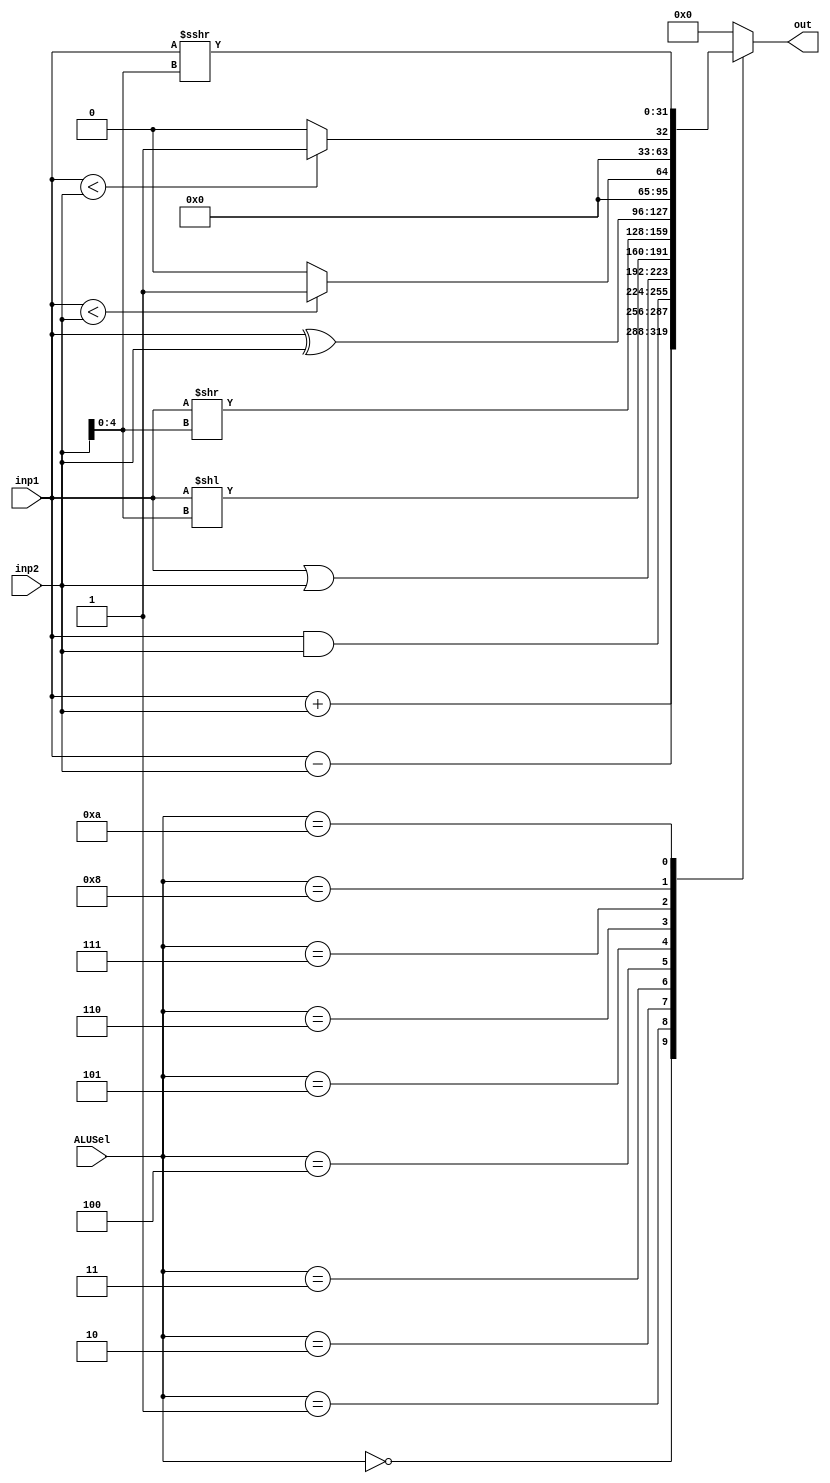
module alu (
    input wire [31:0] inp1, // rs1 or pc
    input wire [31:0] inp2, // rs2 or imm
    input wire [3:0] ALUSel,
    output reg [31:0] out
);

always @(inp1 or inp2) 
begin
    case(ALUSel)
        4'b0000 : // add
            out = $signed(inp1) + $signed(inp2);

        // sub
        4'b0001 :
            out = $signed(inp1) - $signed(inp2);

        // and
        4'b0010 :
            out = inp1 & inp2;

        // or
        4'b0011 :
            out = inp1 | inp2;

        // logical left shift (sll)
        4'b0100 :
            out = inp1 << inp2[4:0];

        // logical right shift (sra)
        4'b0101 :
            out = inp1 >> inp2[4:0];

        // xor
        4'b0110:
            out = inp1 ^ inp2;

        // set less than signed 
        4'b0111:
            if($signed(inp1) < $signed(inp2)) 
            begin
                out = 32'h00000001;
            end
            else 
            begin
                out = 0;
            end

        // set less than unsigned
        4'b1000:
            if(inp1 < inp2) 
            begin
                out = 32'h00000001;
            end
            else 
            begin
                out = 0;
            end

        // arithmetic right shift
        4'b1010:
            out = $signed(inp1) >>> inp2[4:0];

        default :
            out = 0;
    endcase
end

endmodule